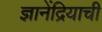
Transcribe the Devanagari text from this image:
ज्ञानेंद्रियाची